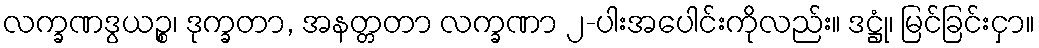
လက္ခဏဒွယဉ္စ၊ ဒုက္ခတာ, အနတ္တတာ လက္ခဏာ ၂-ပါးအပေါင်းကိုလည်း။ ဒဋ္ဌုံ၊ မြင်ခြင်းငှာ။